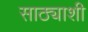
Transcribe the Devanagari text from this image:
साठ्याशी